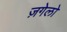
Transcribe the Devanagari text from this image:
ज़गेलो